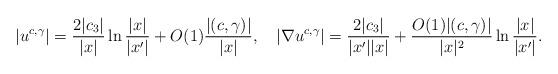
LaTeX: \begin{align*}|u^{c,\gamma}|=\frac{2|c_{3}|}{|x|}\ln\frac{|x|}{|x'|}+O(1)\frac{|(c,\gamma)|}{|x|},\quad|\nabla u^{c,\gamma}|=\frac{2|c_{3}|}{|x'||x|}+\frac{O(1)|(c,\gamma)|}{|x|^{2}}\ln\frac{|x|}{|x'|}.\end{align*}